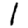
Digit: 1